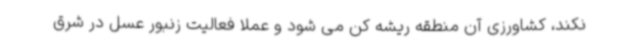
نکند، کشاورزی آن منطقه ریشه کن می شود و عملا فعالیت زنبور عسل در شرق